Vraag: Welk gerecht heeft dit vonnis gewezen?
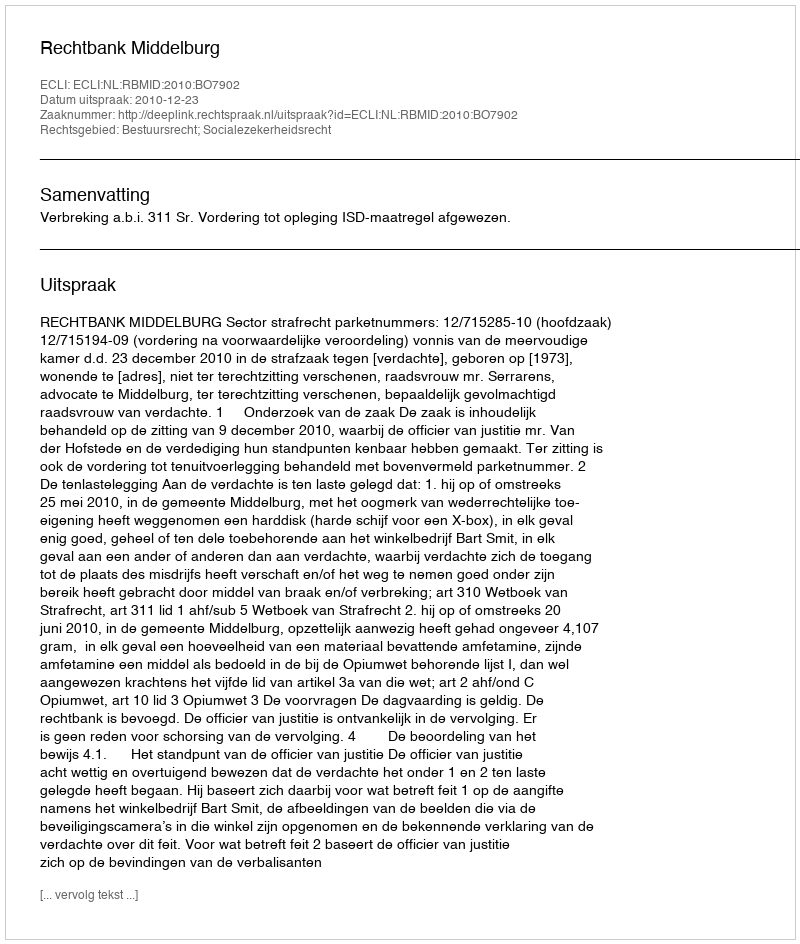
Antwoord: Rechtbank Middelburg